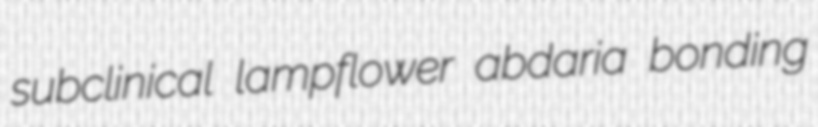
subclinical lampflower abdaria bonding